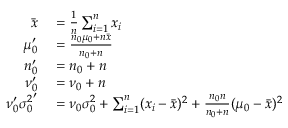
\begin{array} { r l } { { \bar { x } } } & { { } = { \frac { 1 } { n } } \sum _ { i = 1 } ^ { n } x _ { i } } \\ { \mu _ { 0 } ^ { \prime } } & { { } = { \frac { n _ { 0 } \mu _ { 0 } + n { \bar { x } } } { n _ { 0 } + n } } } \\ { n _ { 0 } ^ { \prime } } & { { } = n _ { 0 } + n } \\ { \nu _ { 0 } ^ { \prime } } & { { } = \nu _ { 0 } + n } \\ { \nu _ { 0 } ^ { \prime } { \sigma _ { 0 } ^ { 2 } } ^ { \prime } } & { { } = \nu _ { 0 } \sigma _ { 0 } ^ { 2 } + \sum _ { i = 1 } ^ { n } ( x _ { i } - { \bar { x } } ) ^ { 2 } + { \frac { n _ { 0 } n } { n _ { 0 } + n } } ( \mu _ { 0 } - { \bar { x } } ) ^ { 2 } } \end{array}